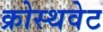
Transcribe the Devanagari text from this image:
क्रोस्थवेट